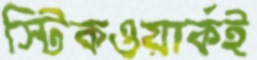
স্টিকওয়ার্কই